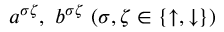
a ^ { \sigma \zeta } , ~ b ^ { \sigma \zeta } ~ ( \sigma , \zeta \in \{ \uparrow , \downarrow \} )